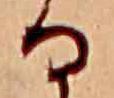
る